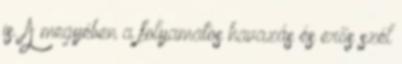
is. A megyében a folyamatos havazás és erős szél